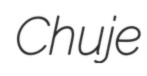
Chuje